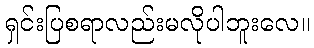
ရှင်းပြစရာလည်းမလိုပါဘူးလေ။